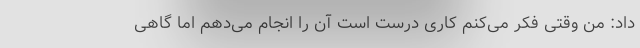
داد: من وقتی فکر می‌کنم کاری درست است آن را انجام می‌دهم اما گاهی